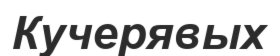
Кучерявых